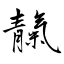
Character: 靝